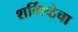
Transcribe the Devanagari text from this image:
शर्मिष्ठेचा